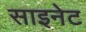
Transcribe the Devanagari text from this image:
साइनेट